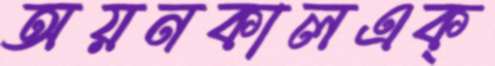
অয়নকালএক্